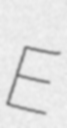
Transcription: E